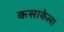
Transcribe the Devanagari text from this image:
कसाकेला